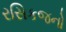
રસિકજનો